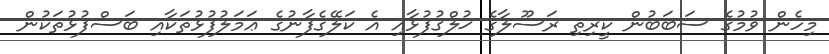
މިހެން ވުމުގެ ސަބަބުން ކީރިތި ރަސޫލާގެ ޚުލްޤުފުޅާއި އެ ކަލޭގެފާނުގެ ޢަމަލުފުޅުތަކާއި ބަސްފުޅުތަކުން